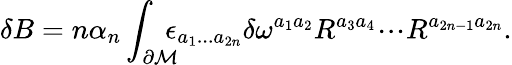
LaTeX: \delta B=n\alpha_{n}\int_{\partial{\cal M}}\! \! \! \! \epsilon_{a_{1}...a_{2n}}\delta\omega^{a_{1}a_{2}}R^{a_{3}a_{4}}\! \cdot\! \cdot\! \cdot\! R^{a_{2n-1}a_{2n}}.